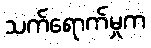
သက်ရောက်မှုက